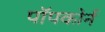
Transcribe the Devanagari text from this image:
पॉपकोर्न